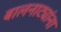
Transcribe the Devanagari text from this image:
बालनाट्यांना